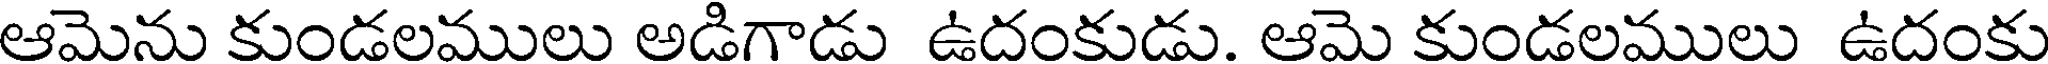
ఆమెను కుండలములు అడిగాడు ఉదంకుడు. ఆమె కుండలములు ఉదంకు